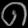
Digit: ၈